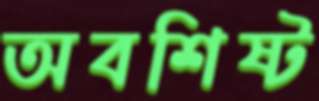
অবশিষ্ট